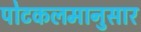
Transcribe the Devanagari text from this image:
पोटकलमानुसार